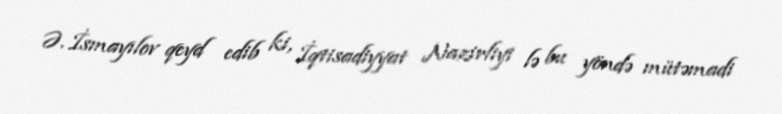
Ə. İsmayılov qeyd edib ki, İqtisadiyyat Nazirliyi lə bu yöndə mütəmadi